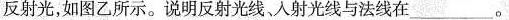
反射光，如图乙所示。说明反射光线、入射光线与法线在